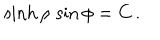
LaTeX: \sinh \rho \, \sin \phi = { C } \, .